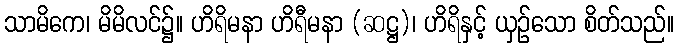
သာမိကေ၊ မိမိလင်၌။ ဟိရိမနာ ဟိရီမနာ (ဆဋ္ဌ)၊ ဟိရိနှင့် ယှဉ်သော စိတ်သည်။